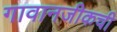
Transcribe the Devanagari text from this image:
गावानजीकची